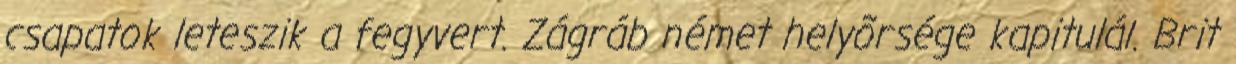
csapatok leteszik a fegyvert. Zágráb német helyõrsége kapitulál. Brit